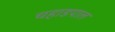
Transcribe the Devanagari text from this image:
चहाडपाल